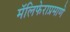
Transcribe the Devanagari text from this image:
मॅलिफेराप्रमाणे